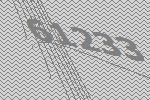
61233